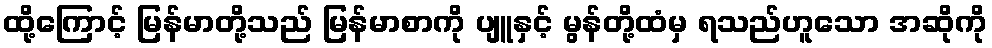
ထို့ကြောင့် မြန်မာတို့သည် မြန်မာစာကို ပျူနှင့် မွန်တို့ထံမှ ရသည်ဟူသော အဆိုကို